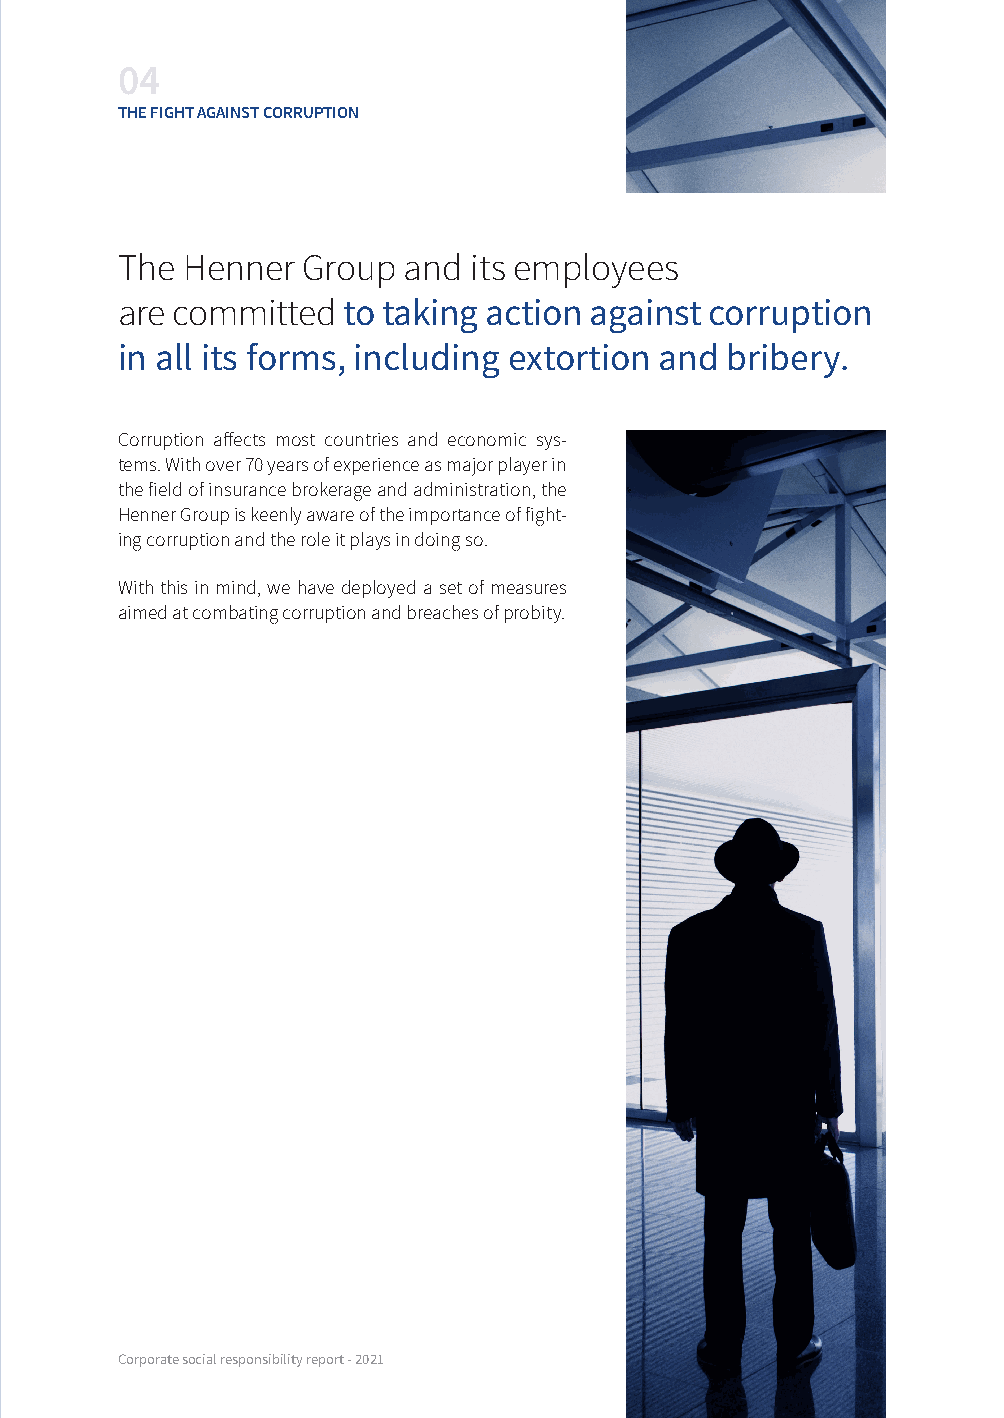
04
 THE FIGHT AGAINST CORRUPTION
 The Henner  Group  and its employees
 are committed  to taking action against corruption
 in all its forms, including extortion and bribery.
 Corruption affects most countries and economic sys-
 tems. With over 70 years of experience as major player in
 the field of insurance brokerage and administration, the
 Henner Group is keenly aware of the importance of fight-
 ing corruption and the role it plays in doing so.
 With this in mind, we have deployed a set of measures
 aimed at combating corruption and breaches of probity.
 Corporate social responsibility report - 2021